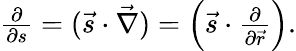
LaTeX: \begin{array}{r}{\frac{\partial}{\partial{s}}=({\vec{s}}\cdot{\vec{\nabla}})=\Big({\vec{s}}\cdot\frac{\partial}{\partial{\vec{r}}}\Big).}\end{array}